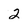
Character: 2